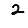
Digit: 2